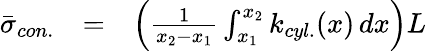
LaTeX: \begin{array}{lcl}{\bar{\sigma}_{con.}}&{=}&{\left(\frac{1}{x_{2}-x_{1}}\int_{x_{1}}^{x_{2}}{k_{cyl.}(x)\, dx}\right)L}\end{array}